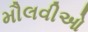
મૌલવીઓ